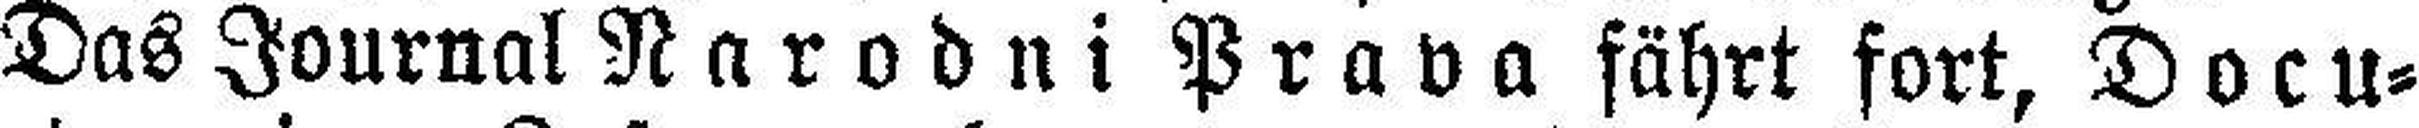
Das Journal Narodni Prava fährt fort, Docu¬